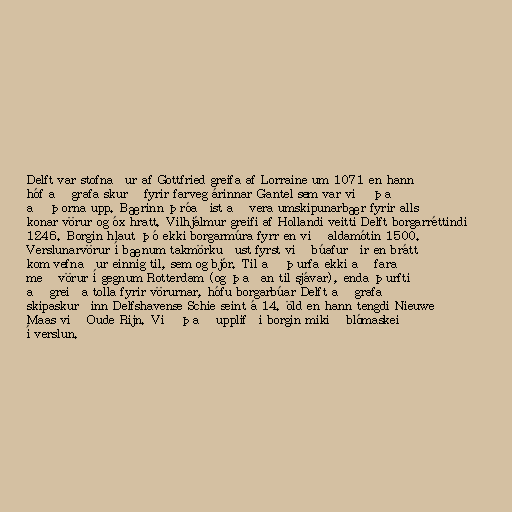
Delft var stofnaður af Gottfried greifa af Lorraine um 1071 en hann
hóf að grafa skurð fyrir farveg árinnar Gantel sem var við það
að þorna upp. Bærinn þróaðist að vera umskipunarbær fyrir alls
konar vörur og óx hratt. Vilhjálmur greifi af Hollandi veitti Delft borgarréttindi
1246. Borgin hlaut þó ekki borgarmúra fyrr en við aldamótin 1500.
Verslunarvörur í bænum takmörkuðust fyrst við búafurðir en brátt
kom vefnaður einnig til, sem og bjór. Til að þurfa ekki að fara
með vörur í gegnum Rotterdam (og þaðan til sjávar), enda þurfti
að greiða tolla fyrir vörurnar, hófu borgarbúar Delft að grafa
skipaskurðinn Delfshavense Schie seint á 14. öld en hann tengdi Nieuwe
Maas við Oude Rijn. Við það upplifði borgin mikið blómaskeið
í verslun.